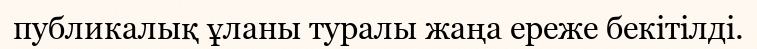
публикалық ұланы туралы жаңа ереже бекітілді.